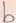
Text: b